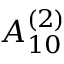
{ A } _ { 1 0 } ^ { ( 2 ) }